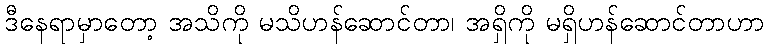
ဒီနေရာမှာတော့ အသိကို မသိဟန်ဆောင်တာ၊ အရှိကို မရှိဟန်ဆောင်တာဟာ